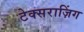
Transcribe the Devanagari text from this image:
टेक्सराज़िंग